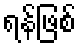
ရန်ဖြစ်